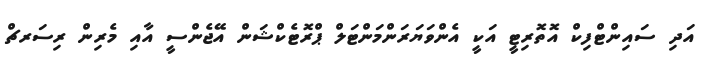
އަދި ސައިންޓްފިކް އޮތޮރިޓީ އަކީ އެންވަޔަރަންމަންޓަލް ޕްރޮޓެކްޝަން އޭޖެންސީ އާއި މެރިން ރިސަރޗް